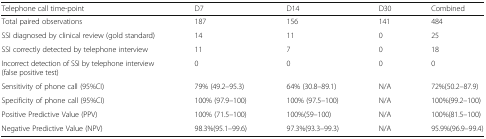
<table><thead><tr><td><b>Telephone call time-point</b></td><td><b>D7</b></td><td><b>D14</b></td><td><b>D30</b></td><td><b>Combined</b></td></tr></thead><tbody><tr><td>Total paired observations</td><td>187</td><td>156</td><td>141</td><td>484</td></tr><tr><td>SSI diagnosed by clinical review (gold standard)</td><td>14</td><td>11</td><td>0</td><td>25</td></tr><tr><td>SSI correctly detected by telephone interview</td><td>11</td><td>7</td><td>0</td><td>18</td></tr><tr><td>Incorrect detection of SSI by telephone interview (false positive test)</td><td>0</td><td>0</td><td>0</td><td>0</td></tr><tr><td>Sensitivity of phone call (95%CI)</td><td>79% (49.2–95.3)</td><td>64% (30.8–89.1)</td><td>N/A</td><td>72%(50.2–87.9)</td></tr><tr><td>Specificity of phone call (95%CI)</td><td>100% (97.9–100)</td><td>100% (97.5–100)</td><td>N/A</td><td>100%(99.2–100)</td></tr><tr><td>Positive Predictive Value (PPV)</td><td>100% (71.5–100)</td><td>100%(59–100)</td><td>N/A</td><td>100%(81.5–100)</td></tr><tr><td>Negative Predictive Value (NPV)</td><td>98.3%(95.1–99.6)</td><td>97.3%(93.3–99.3)</td><td>N/A</td><td>95.9%(96.9–99.4)</td></tr></tbody></table>